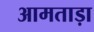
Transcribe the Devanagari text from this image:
आमताड़ा